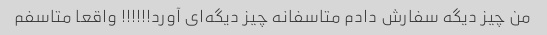
من چیز دیگه سفارش دادم متاسفانه چیز دیگه‌ای آورد!!!!!! واقعا متاسفم